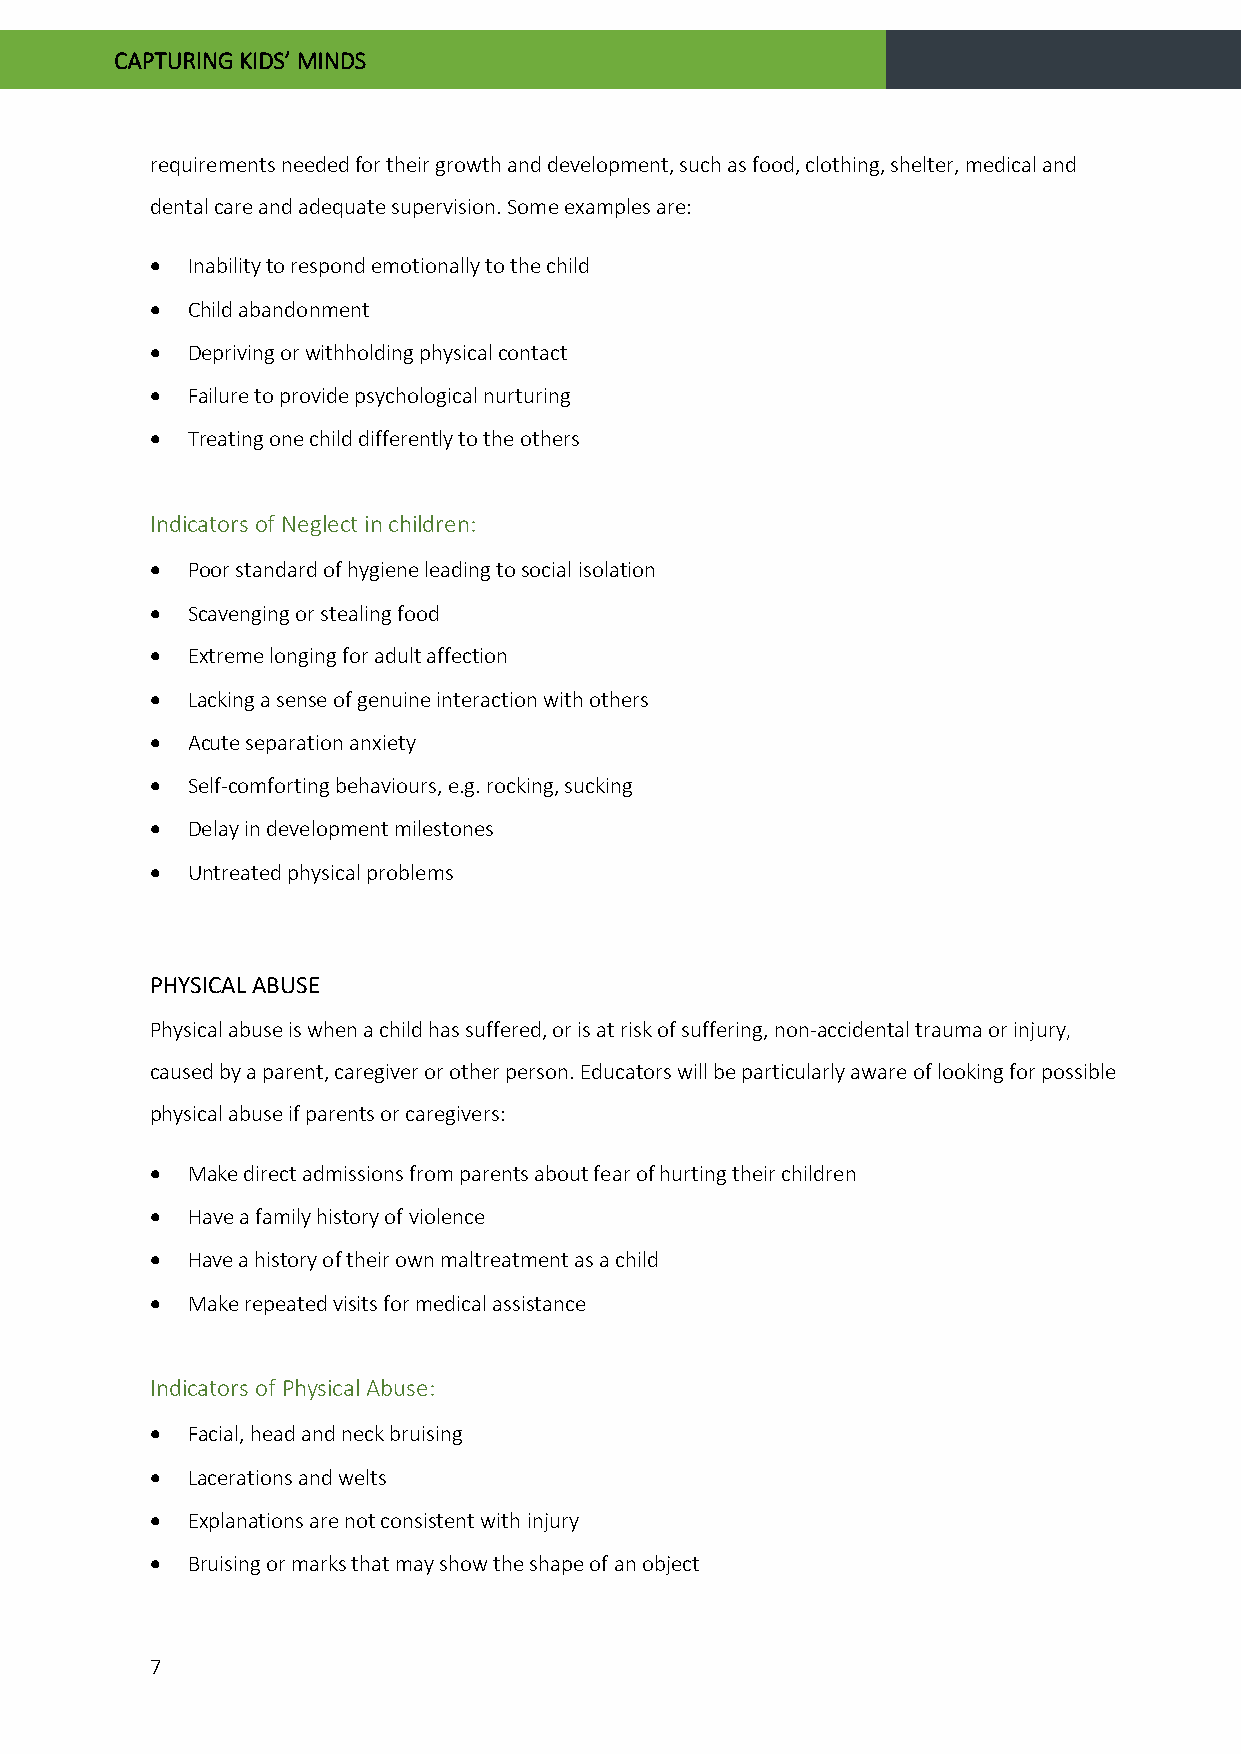
CAPTURING KIDS’ MINDS
 requirements needed for their growth and development, such as food, clothing, shelter, medical and
 dental care and adequate supervision. Some examples are:
 • Inability to respond emotionally to the child
 • Child abandonment
 • Depriving or withholding physical contact
 • Failure to provide psychological nurturing
 • Treating one child differently to the others
 Indicators of Neglect in children:
 • Poor standard of hygiene leading to social isolation
 • Scavenging or stealing food
 • Extreme longing for adult affection
 • Lacking a sense of genuine interaction with others
 • Acute separation anxiety
 • Self-comforting behaviours, e.g. rocking, sucking
 • Delay in development milestones
 • Untreated physical problems
 PHYSICAL ABUSE
 Physical abuse is when a child has suffered, or is at risk of suffering, non-accidental trauma or injury,
 caused by a parent, caregiver or other person. Educators will be particularly aware of looking for possible
 physical abuse if parents or caregivers:
 • Make direct admissions from parents about fear of hurting their children
 • Have a family history of violence
 • Have a history of their own maltreatment as a child
 • Make repeated visits for medical assistance
 Indicators of Physical Abuse:
 • Facial, head and neck bruising
 • Lacerations and welts
 • Explanations are not consistent with injury
 • Bruising or marks that may show the shape of an object
 7